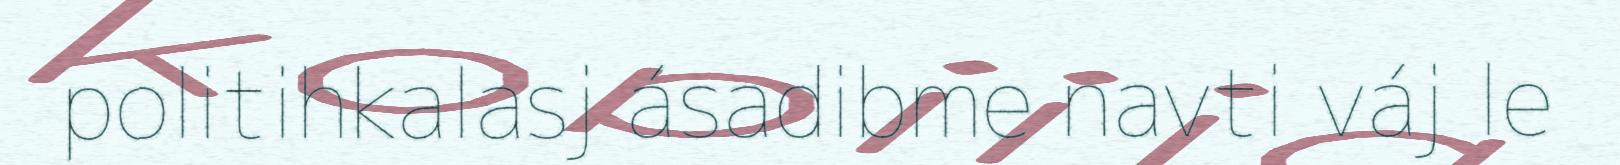
politihkalasj ásadibme navti váj le